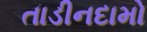
તાડીનદામો